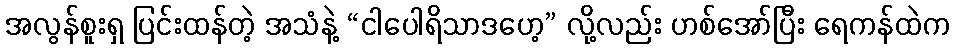
အလွန်စူးရှ ပြင်းထန်တဲ့ အသံနဲ့ “ငါပေါရိသာဒဟေ့” လို့လည်း ဟစ်အော်ပြီး ရေကန်ထဲက